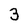
Character: 3